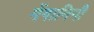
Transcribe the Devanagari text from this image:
मेंगानिनी